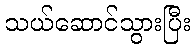
သယ်ဆောင်သွားပြီး